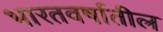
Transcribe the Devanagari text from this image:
भारतवर्षातील